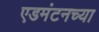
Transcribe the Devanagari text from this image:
एडमंटनच्या